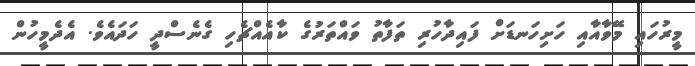
މީރުހައި މޭވާއާއި ހަށިހަނޑަށް ފައިދާހުރި ތަފާތު ވައްތަރުގެ ކާއެއްޗެހި ގެނެސްދީ ހަދައެވެ. އެދެމީހުން